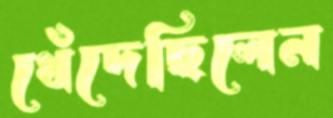
ধেঁদেছিলেন